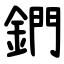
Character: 鍆